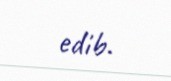
edib.